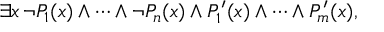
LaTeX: \exists x \, \neg P _ { 1 } ( x ) \land \cdots \land \neg P _ { n } ( x ) \land P _ { 1 } ^ { \prime } ( x ) \land \cdots \land P _ { m } ^ { \prime } ( x ) ,